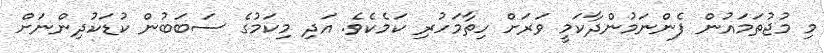
މި މުޖުތަމައުން ފެންނަމުންދާކަމީ ވަރަށް ހިތާމަހުރި ކަމެކެވެ. އަދި މިކަމުގެ ސަބަބުން ކުޑަކުދިންނަށް